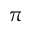
\pi